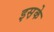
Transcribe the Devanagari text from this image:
इस़के